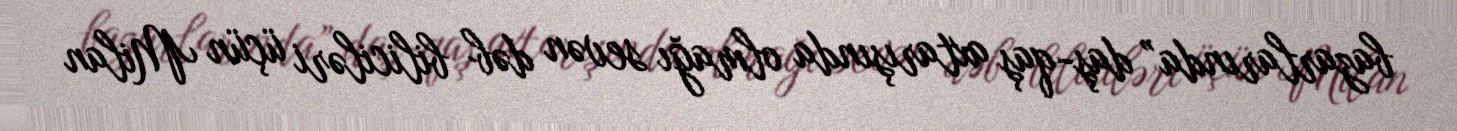
bazarlarında” daş-qaş axtarışında olmağı sevən dəb biliciləri üçün Milan